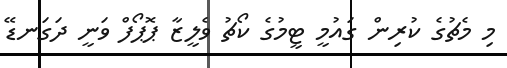
މި މެޗުގެ ކުރިން ގައުމީ ޓީމުގެ ކޯޗު ވެލީޒާ ޕޮޕޯފް ވަނީ ދަގަނޑޭ